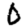
Digit: 0